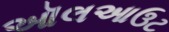
ઑલઆઉટ